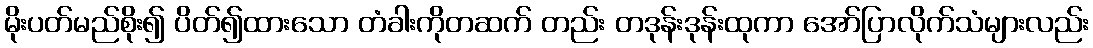
မိုးပတ်မည်စိုး၍ ပိတ်၍ထားသော တံခါးကိုတဆက် တည်း တဒုန်းဒုန်းထုကာ အော်ပြာလိုက်သံများလည်း